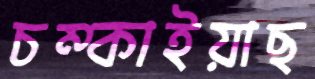
চম্‌কাইয়াছ